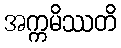
အက္ကမိဿတိ